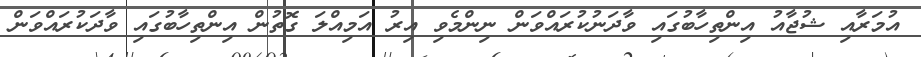
އުމަރާއި ޝުޖާއު އިންތިހާބުގައި ވާދަނުކުރައްވަން ނިންމެވި އިރު އަމިއްލަ ގޮތުން އިންތިހާބުގައި ވާދަކުރައްވަން